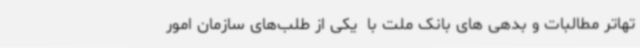
تهاتر مطالبات و بدهی های بانک ملت با  یکی از طلب‌های سازمان امور